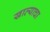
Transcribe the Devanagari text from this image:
खाल्याचा